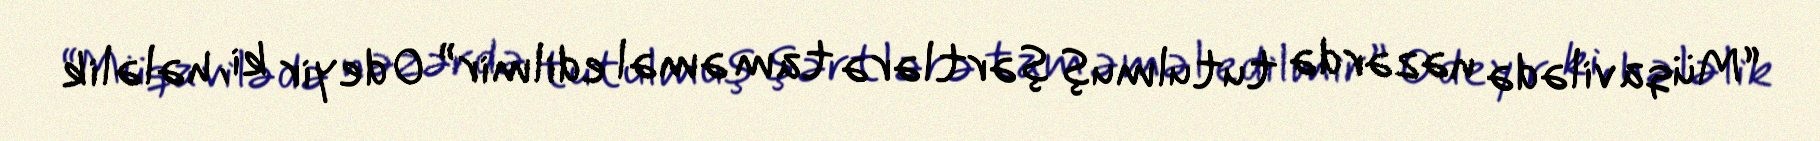
“Müqavilədə nəzərdə tutulmuş şərtlərə tam əməl edilmir” O deyir ki, hələlik